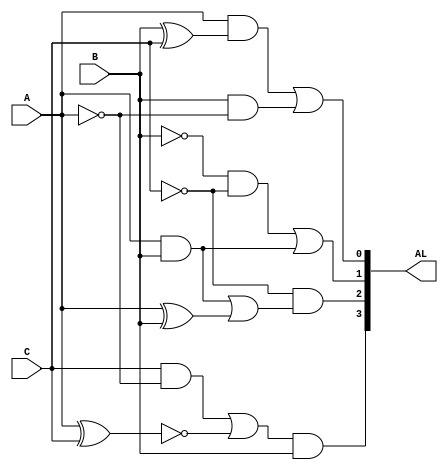
module calc_enc
(input wire A,B,C, output wire[3:0]  AL);

wire r0,r1,r2,r3,r5,r6,r7,r8,r10,r11,r12,r13,r15,r16,r17,r18;

not U0 (r0,A);
xor U1 (r1,B,C);
and U2 (r2,A,r1);
and U3 (r3,B,r0);
or U4 (AL[0],r2,r3); 

and U5 (r5,A,B);
not U6 (r6,B);
not U7 (r7,C);
and U8 (r8,r6,r7);
or U9 (AL[1],r8,r5);

and U10 (r10,A,B);
xor U11 (r11,A,B);
not U12 (r12,C);
or U13 (r13,r10,r11);
and U14 (AL[2],r12,r13);

not U15 (r15,A);
xnor U16(r16,A,C);
and U17(r17,C,r15);
or U18(r18,r17,r16);
and U19(AL[3],r18,B);

endmodule